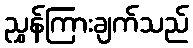
ညွှန်ကြားချက်သည်